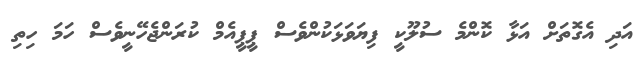
އަދި އެގޮތަށް އަޅާ ކޮންމެ ސުލޫކީ ފިޔަވަޅަކުންވެސް ޕީޕީއެމް ކުރަންޖެހޭނީވެސް ހަމަ ހިތި